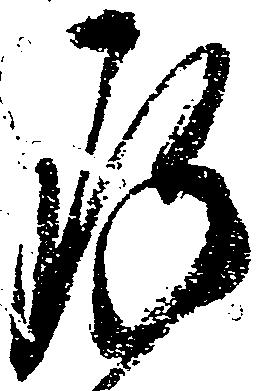
存